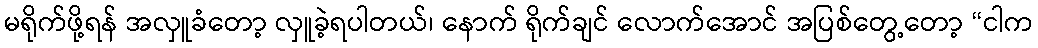
မရိုက်ဖို့ရန် အလှူခံတော့ လှူခဲ့ရပါတယ်၊ နောက် ရိုက်ချင် လောက်အောင် အပြစ်တွေ့တော့ “ငါက